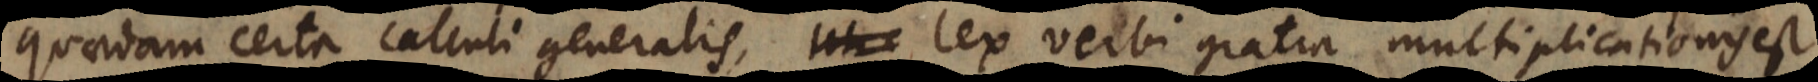
quaedam certa calculi generalis, lex verbi gratia multiplicationis est,